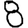
Digit: 8